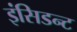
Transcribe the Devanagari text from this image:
इंसिडन्ट